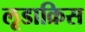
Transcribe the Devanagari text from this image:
लूडाक्रिस